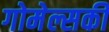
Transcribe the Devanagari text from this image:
गोमेल्सकी